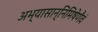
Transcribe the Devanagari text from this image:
अभ्यासान्निमिषेणैवं